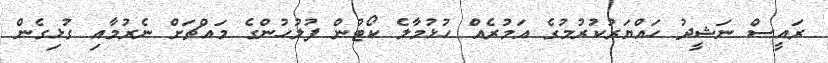
ރައީސް ނަޝީދު ހައްޔަރުކުރުމުގެ އަމުރެއް ހުޅުމާލެ ކޯޓުން ފުލުހުންގެ މައްޗަށް ނެރުމާއި ގުޅިގެން